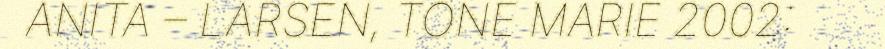
ANITA – LARSEN, TONE MARIE 2002: